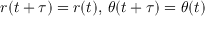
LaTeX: r ( t + \tau ) = r ( t ) , \, \theta ( t + \tau ) = \theta ( t )